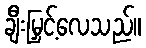
ချီးမြှင့်လေသည်။